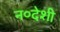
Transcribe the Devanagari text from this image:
न०देशी